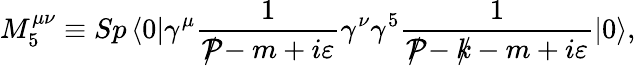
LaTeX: M_{5}^{\mu\nu}\equiv Sp\left\langle 0\right|\gamma^{\mu}\frac{1}{{\cal P}\! \! \! \! /-m+i\varepsilon}\gamma^{\nu}\gamma^{5}\frac{1}{{\cal P}\! \! \! \! /-k\! \! \! /-m+i\varepsilon}\left|0\right\rangle,